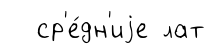
ср'е́дн'иjе лат